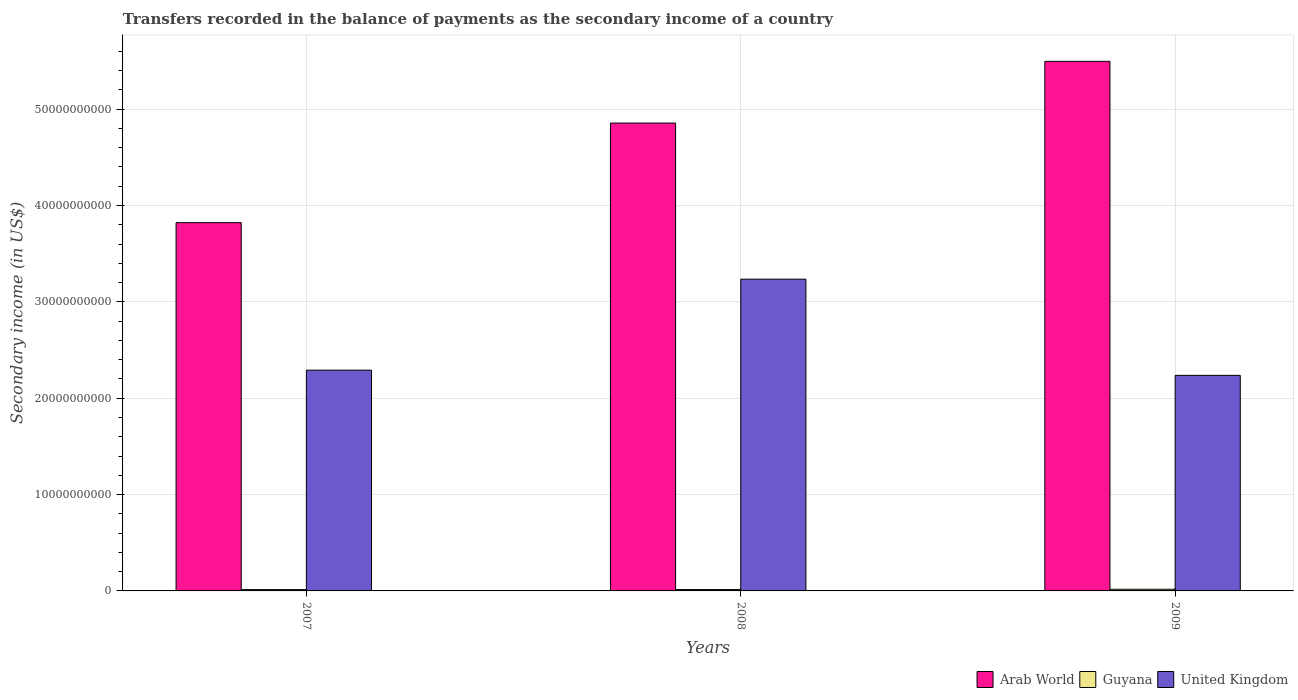
| Years | Arab World | Guyana | United Kingdom |
 | --- | --- | --- | --- |
 | 2007 | 3.82e+10 | 1.37e+08 | 2.29e+10 |
 | 2008 | 4.86e+10 | 1.41e+08 | 3.24e+10 |
 | 2009 | 5.5e+10 | 1.72e+08 | 2.24e+10 |